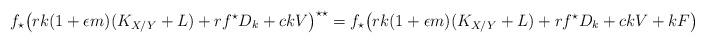
LaTeX: \begin{align*}f_\star\big(rk(1+\epsilon m)(K_{X/Y}+L)+ rf^{\star} D_k+ ckV\big)^{\star\star}= f_\star\big(rk(1+\epsilon m)(K_{X/Y}+L)+ rf^{\star} D_k+ ckV+ kF\big)\end{align*}